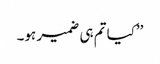
’’کیا تم ہی ضمیر ہو۔